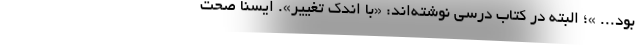
بود.‌.. »؛ البته در کتاب درسی نوشته‌اند: «با اندک تغییر». ایسنا صحت